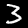
Digit: 3